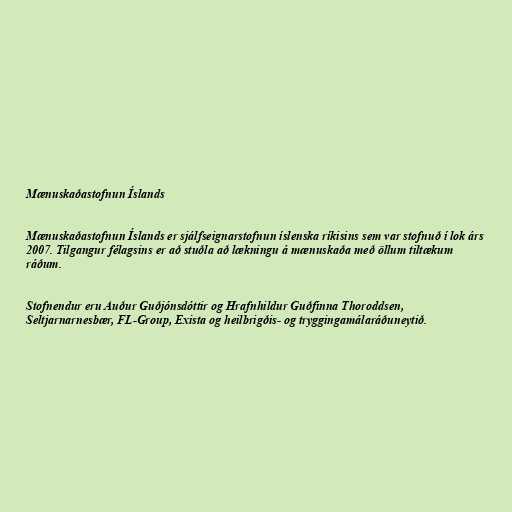
Mænuskaðastofnun Íslands

Mænuskaðastofnun Íslands er sjálfseignarstofnun íslenska ríkisins sem var stofnuð í lok árs
2007. Tilgangur félagsins er að stuðla að lækningu á mænuskaða með öllum tiltækum
ráðum.

Stofnendur eru Auður Guðjónsdóttir og Hrafnhildur Guðfinna Thoroddsen,
Seltjarnarnesbær, FL-Group, Exista og heilbrigðis- og trygginga­málaráðuneytið.